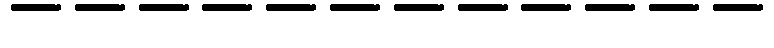
------------